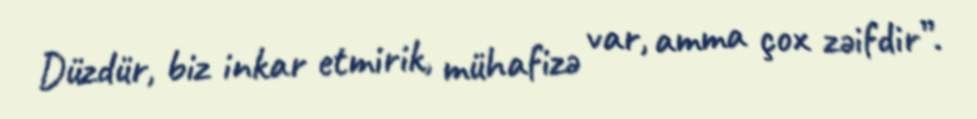
Düzdür, biz inkar etmirik, mühafizə var, amma çox zəifdir”.